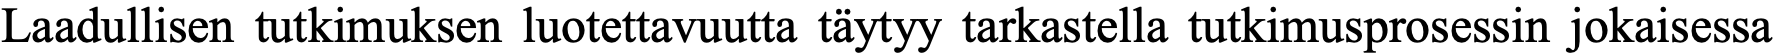
Laadullisen tutkimuksen luotettavuutta täytyy tarkastella tutkimusprosessin jokaisessa